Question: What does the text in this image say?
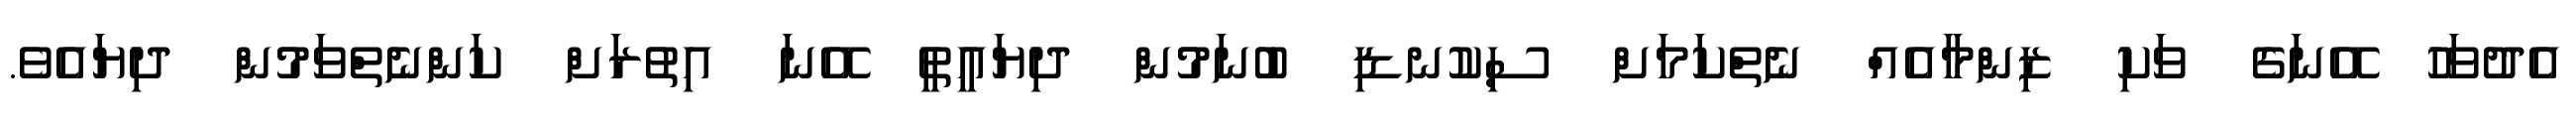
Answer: އެދުވަހު އޭނަގެ ވަކި ޒިންމާއެއް ނެތްކަމަށް ސިކުނޑި ބުނަމުން ދިޔައީތީ އޭނަ އިތުރަށް ކަންނެތްވަމުން ދިޔައެވެ.